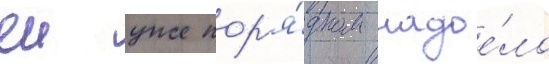
еи уже пор'я́дком надое́ло